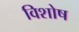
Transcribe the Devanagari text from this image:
विशोष